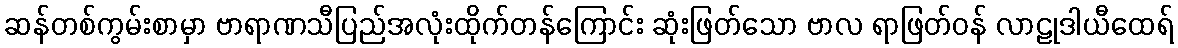
ဆန်တစ်ကွမ်းစာမှာ ဗာရာဏသီပြည်အလုံးထိုက်တန်ကြောင်း ဆုံးဖြတ်သော ဗာလ ရာဖြတ်ဝန် လာဠုဒါယီထေရ်